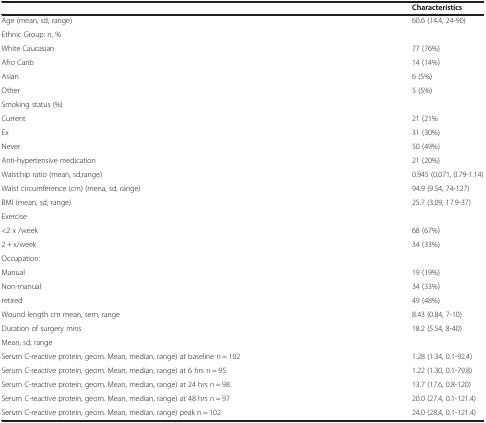
|  | Characteristics |
 | --- | --- |
 | Age (mean, sd, range) | 60.6 (14.4, 24-90) |
 | <COLSPAN=2> Ethnic Group: n, % |
 | White Caucasian | 77 (76%) |
 | Afro Carib | 14 (14%) |
 | Asian | 6 (5%) |
 | Other | 5 (5%) |
 | <COLSPAN=2> Smoking status (%) |
 | Current | 21 (21% |
 | Ex | 31 (30%) |
 | Never | 50 (49%) |
 | Anti-hypertensive medication | 21 (20%) |
 | Waist:hip ratio (mean, sd,range) | 0.945 (0.071, 0.79-1.14) |
 | Waist circumference (cm) (mena, sd, range) | 94.9 (9.54, 74-127) |
 | BMI (mean, sd, range) | 25.7 (3.09, 17.9-37) |
 | <COLSPAN=2> Exercise |
 | <2 x /week | 68 (67%) |
 | 2 + x/week | 34 (33%) |
 | <COLSPAN=2> Occupation: |
 | Manual | 19 (19%) |
 | Non-manual | 34 (33%) |
 | retired | 49 (48%) |
 | Wound length cm mean, sem, range | 8.43 (0.84, 7-10) |
 | Duration of surgery mins | <ROWSPAN=2> 18.2 (5.54, 8-40) |
 | Mean, sd, range |
 | Serum C-reactive protein, geom. Mean, median, range) at baseline n = 102 | 1.28 (1.34, 0.1-92.4) |
 | Serum C-reactive protein, geom. Mean, median, range) at 6 hrs n = 95 | 1.22 (1.30, 0.1-79.8) |
 | Serum C-reactive protein, geom. Mean, median, range) at 24 hrs n = 98 | 13.7 (17.6, 0.8-120) |
 | Serum C-reactive protein, geom. Mean, median, range) at 48 hrs n = 97 | 20.0 (27.4, 0.1-121.4) |
 | Serum C-reactive protein, geom. Mean, median, range) peak n = 102 | 24.0 (28.4, 0.1-121.4) |